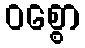
ဝစ္စော